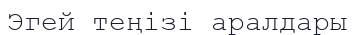
Эгей теңізі аралдары